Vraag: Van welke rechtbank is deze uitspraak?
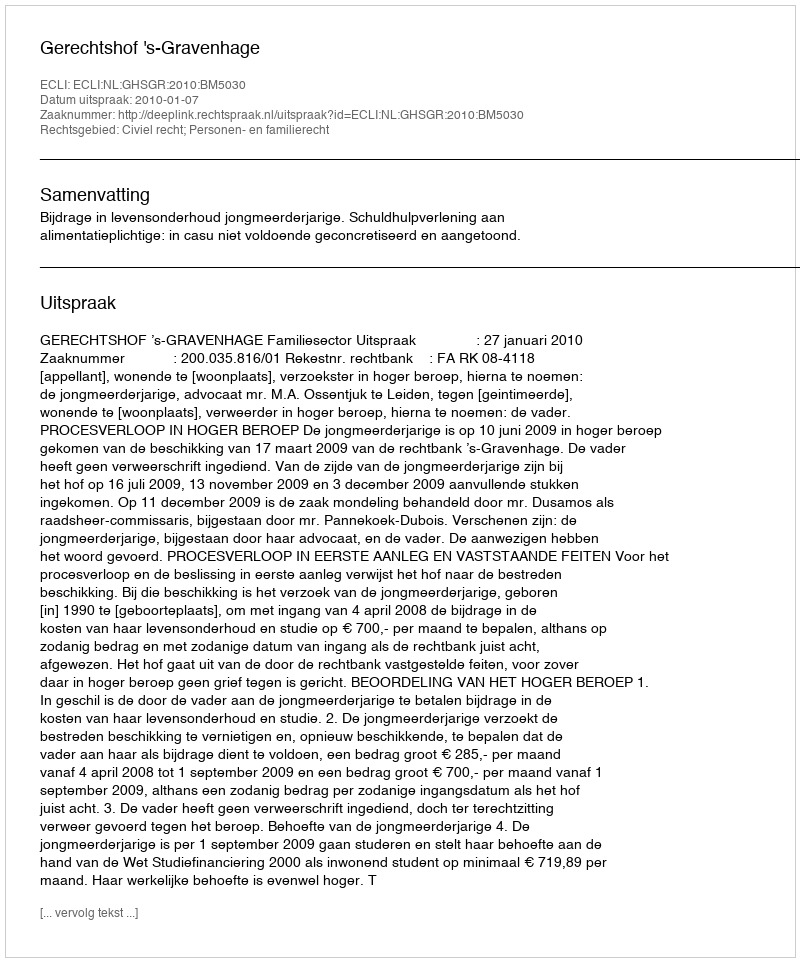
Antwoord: Gerechtshof 's-Gravenhage